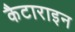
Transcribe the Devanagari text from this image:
कैटाराइन